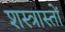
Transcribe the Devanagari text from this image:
शस्त्रास्तों